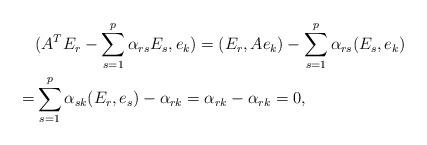
LaTeX: \begin{align*}& ( A^T E_r - \sum_{s=1}^p \alpha_{rs} E_s, e_k)= (E_r, Ae_k)- \sum_{s =1}^p \alpha_{rs} (E_s, e_k)\\ =&\sum_{s=1}^p \alpha_{sk} (E_r,e_s)-\alpha_{rk}= \alpha_{rk}-\alpha_{rk}=0, \end{align*}